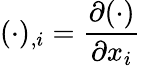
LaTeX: (\cdot)_{,i}=\frac{\partial(\cdot)}{\partial x_{i}}